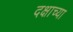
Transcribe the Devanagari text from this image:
दक्षाच्या